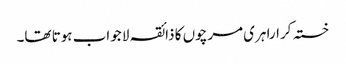
خستہ کرارا ہری مرچوں کا ذائقہ لا جواب ہوتا تھا۔